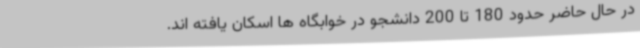
در حال حاضر حدود 180 تا 200 دانشجو در خوابگاه ها اسکان یافته اند.